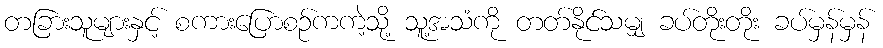
တခြားသူများနှင့် စကားပြောစဉ်ကကဲ့သို့ သူ့အသံကို တတ်နိုင်သမျှ ခပ်တိုးတိုး ခပ်မှန်မှန်